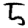
Digit: 5